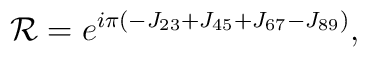
{\cal R} = e^{i\pi\left(-J_{23}+J_{45}+J_{67}-J_{89}\right)},